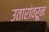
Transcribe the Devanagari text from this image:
उतारांवरून